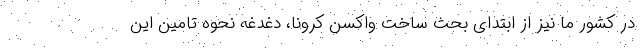
در کشور ما نیز از ابتدای بحث ساخت واکسن کرونا، دغدغه نحوه تامین این